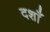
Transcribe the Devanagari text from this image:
दशाँ